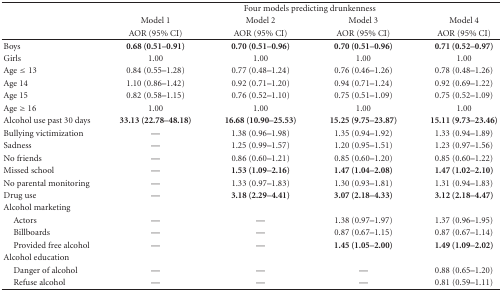
<table><thead><tr><td>[EMPTY_CELL]</td><td colspan="4"><b>Four models predicting drunkenness</b></td></tr><tr><td>[EMPTY_CELL]</td><td><b>Model 1</b></td><td><b>Model 2</b></td><td><b>Model 3</b></td><td><b>Model 4</b></td></tr><tr><td>[EMPTY_CELL]</td><td><b>AOR (95% CI)</b></td><td><b>AOR (95% CI)</b></td><td><b>AOR (95% CI)</b></td><td><b>AOR (95% CI) </b></td></tr></thead><tbody><tr><td>Boys</td><td><b>0.68 (0.51–0.91)</b></td><td><b>0.70 (0.51–0.96)</b></td><td><b>0.70 (0.51–0.96)</b></td><td><b>0.71 (0.52–0.97)</b></td></tr><tr><td>Girls</td><td>1.00</td><td>1.00</td><td>1.00</td><td>1.00</td></tr><tr><td>Age ≤13</td><td>0.84 (0.55–1.28)</td><td>0.77 (0.48–1.24)</td><td>0.76 (0.46–1.26)</td><td>0.78 (0.48–1.26)</td></tr><tr><td>Age 14</td><td>1.10 (0.86–1.42)</td><td>0.92 (0.71–1.20)</td><td>0.94 (0.71–1.24)</td><td>0.92 (0.69–1.22)</td></tr><tr><td>Age 15</td><td>0.82 (0.58–1.15)</td><td>0.76 (0.52–1.10)</td><td>0.75 (0.51–1.09)</td><td>0.75 (0.52–1.09)</td></tr><tr><td>Age ≥ 16</td><td>1.00</td><td>1.00</td><td>1.00</td><td>1.00</td></tr><tr><td>Alcohol use past 30 days</td><td><b>33.13 (22.78–48.18)</b></td><td><b>16.68 (10.90–25.53)</b></td><td><b>15.25 (9.75–23.87)</b></td><td><b>15.11 (9.73–23.46)</b></td></tr><tr><td>Bullying victimization</td><td>—</td><td>1.38 (0.96–1.98)</td><td>1.35 (0.94–1.92)</td><td>1.33 (0.94–1.89)</td></tr><tr><td>Sadness</td><td>—</td><td>1.25 (0.99–1.57)</td><td>1.20 (0.95–1.51)</td><td>1.23 (0.97–1.56)</td></tr><tr><td>No friends</td><td>—</td><td>0.86 (0.60–1.21)</td><td>0.85 (0.60–1.20)</td><td>0.85 (0.60–1.22)</td></tr><tr><td>Missed school</td><td>—</td><td><b>1.53 (1.09–2.16)</b></td><td><b>1.47 (1.04–2.08)</b></td><td><b>1.47 (1.02–2.10)</b></td></tr><tr><td>No parental monitoring</td><td>—</td><td>1.33 (0.97–1.83)</td><td>1.30 (0.93–1.81)</td><td>1.31 (0.94–1.83)</td></tr><tr><td>Drug use</td><td>—</td><td><b>3.18 (2.29–4.41)</b></td><td><b>3.07 (2.18–4.33)</b></td><td><b>3.12 (2.18–4.47)</b></td></tr><tr><td>Alcohol marketing</td><td>[EMPTY_CELL]</td><td>[EMPTY_CELL]</td><td>[EMPTY_CELL]</td><td>[EMPTY_CELL]</td></tr><tr><td> Actors</td><td>—</td><td>—</td><td>1.38 (0.97–1.97)</td><td>1.37 (0.96–1.95)</td></tr><tr><td> Billboards</td><td>—</td><td>—</td><td>0.87 (0.67–1.15)</td><td>0.87 (0.67–1.14)</td></tr><tr><td> Provided free alcohol</td><td>—</td><td>—</td><td><b>1.45 (1.05–2.00)</b></td><td><b>1.49 (1.09–2.02)</b></td></tr><tr><td>Alcohol education</td><td>[EMPTY_CELL]</td><td>[EMPTY_CELL]</td><td>[EMPTY_CELL]</td><td>[EMPTY_CELL]</td></tr><tr><td> Danger of alcohol</td><td>—</td><td>—</td><td>—</td><td>0.88 (0.65–1.20)</td></tr><tr><td> Refuse alcohol</td><td>—</td><td>—</td><td>—</td><td>0.81 (0.59–1.11)</td></tr></tbody></table>